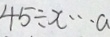
4 5 \div x \cdots a